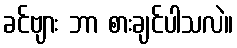
ခင်ဗျား ဘာ စားချင်ပါသလဲ။